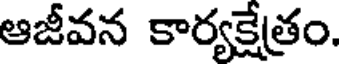
ఆజీవన కార్యక్షేత్రం.